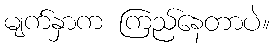
မျက်နှာက ကြည်နေတာပဲ။